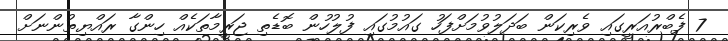
7 ފެބްރުއަރީގައި ވެރިކަން ބަދަލުވުމަށްފަހު ގައުމުގައި ފުލުހުން ބޮޑެތި ޖަރީމާތަކެއް ހިންގާ ރައްޔިތުންނަށް